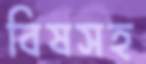
বিষসহ